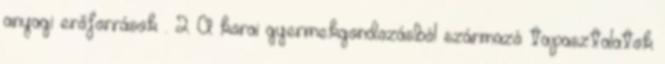
anyagi erőforrások . 2 A korai gyermekgondozásból származó tapasztalatok